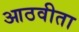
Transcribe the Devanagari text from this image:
आठवीता